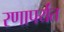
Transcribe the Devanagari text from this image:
रणापर्यंत